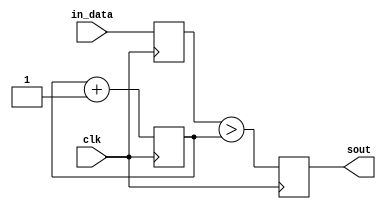
module pwm8dac1(clk, in_data, sout);
			
input clk; 
input [7:0] in_data; 
output reg sout;			
reg [7:0] in_data_buff; 

reg [7:0] cnt;

initial cnt = 0;

always @(posedge clk) begin
	cnt <= cnt + 1'b1;  // free-running counter
	in_data_buff <= in_data;
end

//assign sout = (in_data>cnt);  // comparator

always @(negedge clk) begin
	sout <= (in_data_buff>cnt);
end


endmodule